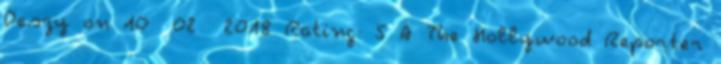
Deszy on 10 02 2018 Rating: 5 A The Hollywood Reporter